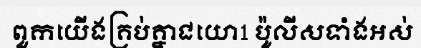
ពួកយើងគ្រប់គ្នាជយោ1 ប៉ូលីសទាំងអស់